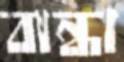
বান্ধা